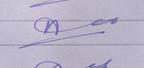
Signature authenticity: forged